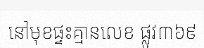
នៅមុខផ្ទះគ្មានលេខ ផ្លូវ៣៦៩